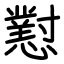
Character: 懟